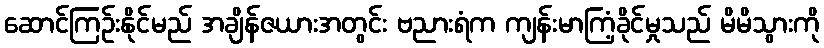
ဆောင်ကြဉ်းနိုင်မည် အချိန်ဇယားအတွင်း ဗညားရံက ကျန်းမာကြံ့ခိုင်မှုသည် မိမိသွားကို